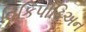
વિકિપીડિઅન